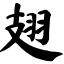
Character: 翅